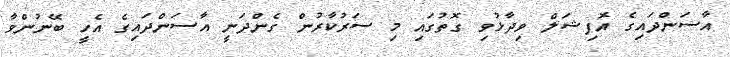
އާސަންދައިގެ އޮފިޝަލް ވިދާޅުވި ގޮތުގައި މި ސަރުކާރުން ގެންދަނީ އާސަންދައިގެ އެހީ ބޭނުންވާ